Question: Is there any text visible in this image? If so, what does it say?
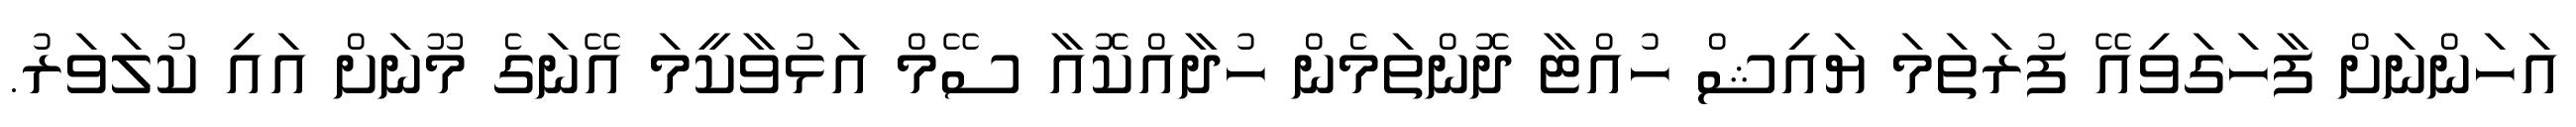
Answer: އަހަންނަށް ފާހަގަވިއޭ ފުރަތަމަ ޔައިޝް ހުއްޓާ ދޮންތަމެން ހުދާއްކޮއާ ސޭމް އަޅުވާކީމަ އޭނަގެ މޫނަށް އައި ކުލަވަރު.